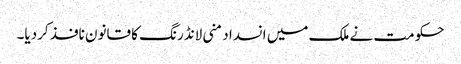
حکومت نے ملک میں انسداد منی لانڈرنگ کا قانون نافذ کردیا۔